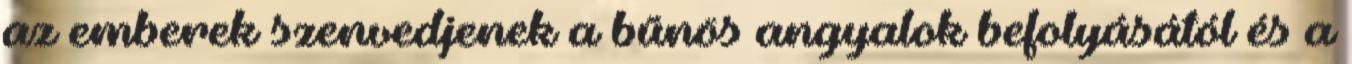
az emberek szenvedjenek a bűnös angyalok befolyásától és a